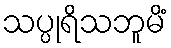
သပ္ပုရိသဘူမိံ